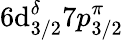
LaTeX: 6\mathrm{d}_{3/2}^{\delta}7p_{3/2}^{\pi}